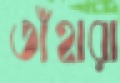
তাঁহারা